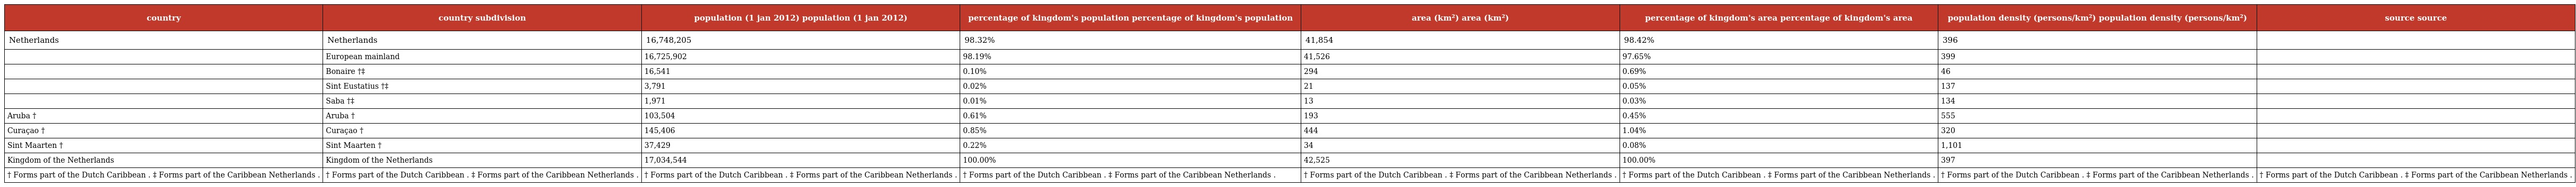
| country | country subdivision | population (1 jan 2012) population (1 jan 2012) | percentage of kingdom's population percentage of kingdom's population | area (km²) area (km²) | percentage of kingdom's area percentage of kingdom's area | population density (persons/km²) population density (persons/km²) | source source |
 | --- | --- | --- | --- | --- | --- | --- | --- |
 | Netherlands | Netherlands | 16,748,205 | 98.32% | 41,854 | 98.42% | 396 |  |
 |  | European mainland | 16,725,902 | 98.19% | 41,526 | 97.65% | 399 |  |
 |  | Bonaire †‡ | 16,541 | 0.10% | 294 | 0.69% | 46 |  |
 |  | Sint Eustatius †‡ | 3,791 | 0.02% | 21 | 0.05% | 137 |  |
 |  | Saba †‡ | 1,971 | 0.01% | 13 | 0.03% | 134 |  |
 | Aruba † | Aruba † | 103,504 | 0.61% | 193 | 0.45% | 555 |  |
 | Curaçao † | Curaçao † | 145,406 | 0.85% | 444 | 1.04% | 320 |  |
 | Sint Maarten † | Sint Maarten † | 37,429 | 0.22% | 34 | 0.08% | 1,101 |  |
 | Kingdom of the Netherlands | Kingdom of the Netherlands | 17,034,544 | 100.00% | 42,525 | 100.00% | 397 |  |
 | † Forms part of the Dutch Caribbean . ‡ Forms part of the Caribbean Netherlands . | † Forms part of the Dutch Caribbean . ‡ Forms part of the Caribbean Netherlands . | † Forms part of the Dutch Caribbean . ‡ Forms part of the Caribbean Netherlands . | † Forms part of the Dutch Caribbean . ‡ Forms part of the Caribbean Netherlands . | † Forms part of the Dutch Caribbean . ‡ Forms part of the Caribbean Netherlands . | † Forms part of the Dutch Caribbean . ‡ Forms part of the Caribbean Netherlands . | † Forms part of the Dutch Caribbean . ‡ Forms part of the Caribbean Netherlands . | † Forms part of the Dutch Caribbean . ‡ Forms part of the Caribbean Netherlands . |